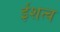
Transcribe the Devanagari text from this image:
ईशत्व